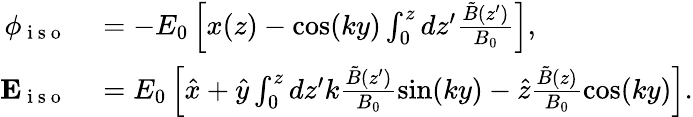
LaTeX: \begin{array}{rl}{\phi_{\mathrm{~i~s~o~}}}&{{}=-E_{0}\left[x(z)-\cos(ky)\int_{0}^{z}dz^{\prime}\frac{\tilde{B}(z^{\prime})}{B_{0}}\right],}\\ {\mathbf{E}_{\mathrm{~i~s~o~}}}&{{}=E_{0}\left[\hat{x}+\hat{y}\int_{0}^{z}dz^{\prime}k\frac{\tilde{B}(z^{\prime})}{B_{0}}\sin(ky)-\hat{z}\frac{\tilde{B}(z)}{B_{0}}\cos(ky)\right].}\end{array}